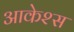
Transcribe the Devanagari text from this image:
आकेश्स